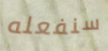
سنفعله